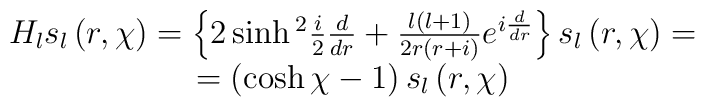
\begin{array}{c}H_{l}s_{l}\left( r,\chi \right) =\left\{ 2\sinh {}^{2}\frac {i}{2}\frac{d}{dr}+\frac{l\left( l+1\right) }{2r\left( r+i\right) }e^{i\frac{d}{dr}}\right\} s_{l}\left( r,\chi \right) = \\=\left( \cosh \chi -1\right)s_{l}\left( r,\chi \right)\end{array}